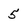
Character: 5